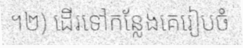
។២) ដើរទៅកន្លែងគេរៀបចំ